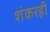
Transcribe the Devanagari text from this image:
शंकरही